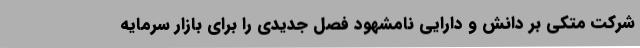
شرکت متکی بر دانش و دارایی نامشهود فصل جدیدی را برای بازار سرمایه